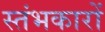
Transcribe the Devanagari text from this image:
स्‍तंभकारों